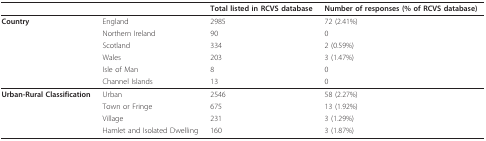
<table><thead><tr><td></td><td></td><td><b>Total listed in RCVS database</b></td><td><b>Number of responses (% of RCVS database)</b></td></tr></thead><tbody><tr><td><b>Country</b></td><td>England</td><td>2985</td><td>72 (2.41%)</td></tr><tr><td></td><td>Northern Ireland</td><td>90</td><td>0</td></tr><tr><td></td><td>Scotland</td><td>334</td><td>2 (0.59%)</td></tr><tr><td></td><td>Wales</td><td>203</td><td>3 (1.47%)</td></tr><tr><td></td><td>Isle of Man</td><td>8</td><td>0</td></tr><tr><td></td><td>Channel Islands</td><td>13</td><td>0</td></tr><tr><td><b>Urban-Rural Classification</b></td><td>Urban</td><td>2546</td><td>58 (2.27%)</td></tr><tr><td></td><td>Town or Fringe</td><td>675</td><td>13 (1.92%)</td></tr><tr><td></td><td>Village</td><td>231</td><td>3 (1.29%)</td></tr><tr><td></td><td>Hamlet and Isolated Dwelling</td><td>160</td><td>3 (1.87%)</td></tr></tbody></table>